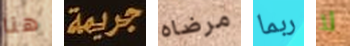
هنا جريمة مرضاه ربما لا